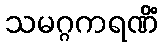
သမဂ္ဂကရဏိံ